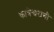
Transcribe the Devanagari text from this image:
कात्रेश्वराची